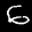
Label: 6